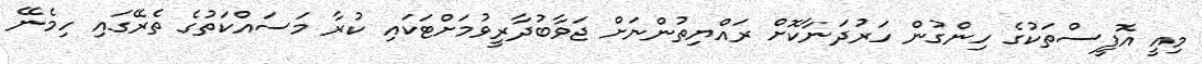
މިއީ އޮފީސްތަކުގެ ހިންގުން ހަރުދަނާކޮށް ރައްޔިތުންނަށް ޖަވާބުދާރީވުމަށްޓަކައި ކުރާ މަސައްކަތުގެ ތެރޭގައި ހިމެނޭ